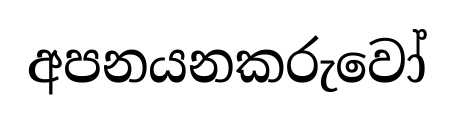
අපනයනකරුවෝ